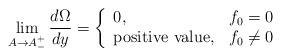
LaTeX: \begin{align*}\lim_{A \rightarrow A_-^+} \frac{d \Omega}{dy}= \left\{ \begin{array}{ll} 0, & f_0=0 \\ {\rm positive~value}, & f_0 \neq 0 \end{array} \right.\end{align*}